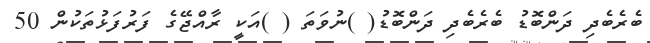
ބެރެބެދި ދަންބޮޑު ބެރެބެދި ދަންބޮޑު( )ނުވަތަ ( )އަކީ ރާއްޖޭގެ ފަރުފަޅުތަކުން 50